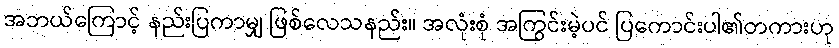
အဘယ်ကြောင့် နည်းပြကာမျှ ဖြစ်လေသနည်း။ အလုံးစုံ အကြွင်းမဲ့ပင် ပြကောင်းပါ၏တကားဟု